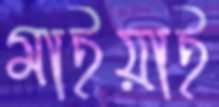
মাইয়াই